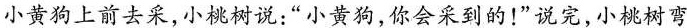
小黄狗上前去采，小桃树说：”小黄狗，你会采到的！”说完，小桃树弯